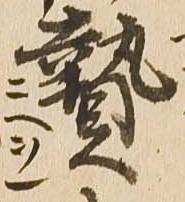
贄